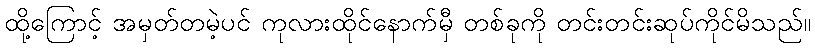
ထို့ကြောင့် အမှတ်တမဲ့ပင် ကုလားထိုင်နောက်မှီ တစ်ခုကို တင်းတင်းဆုပ်ကိုင်မိသည်။